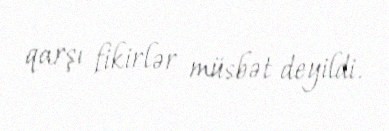
qarşı fikirlər müsbət deyildi.